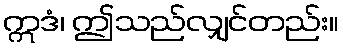
ဣဒံ၊ ဤသည်လျှင်တည်း။